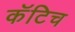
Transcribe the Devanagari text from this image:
कॅटिच